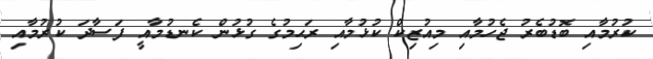
ކުރުމާއި ބޮޑުބެރު ޖެހުމާއި މިއުޒިކް ކުޅުމާއި ރަޙިމުގެ ގުޅުން ކެނޑުމާއީ ފަސާދަ ކުރުމާއި